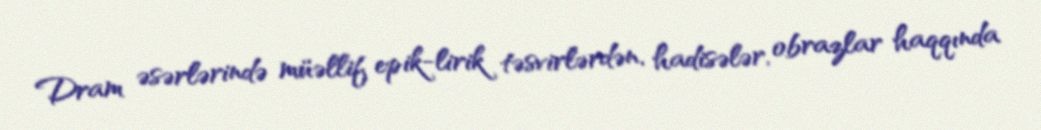
Dram əsərlərində müəllif epik-lirik təsvirlərdən, hadisələr, obrazlar haqqında